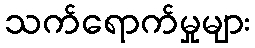
သက်ရောက်မှုများ